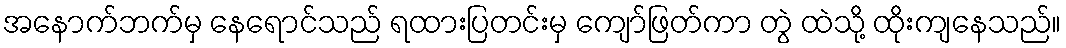
အနောက်ဘက်မှ နေရောင်သည် ရထားပြတင်းမှ ကျော်ဖြတ်ကာ တွဲ ထဲသို့ ထိုးကျနေသည်။